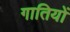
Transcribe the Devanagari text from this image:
गातियों